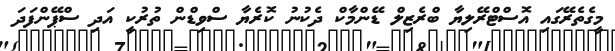
މީގެތެރޭގައި އޮސްޓްރޭލިޔާ ބްރެޒިލް ޑޭންމާކް ދެކުނު ކޮރެޔާ ސްވިޑްން ތުރުކީ އަދި ސްޕޭންފަދަ